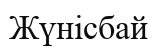
Жүнісбай